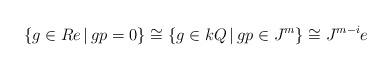
LaTeX: \begin{align*}\{ g \in Re \, | \, gp =0 \} \cong \{ g \in kQ \, | \, gp \in J^m \} \cong J^{m-i}e\end{align*}